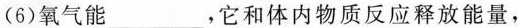
(6)氧气能___，它和体内物质反应释放能量，